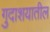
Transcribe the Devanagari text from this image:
गुदाशयातील